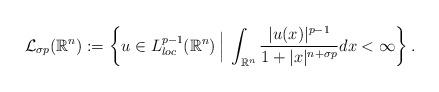
LaTeX: \begin{align*}\mathcal{L}_{\sigma p}(\mathbb{R}^{n}):=\left\{u\in L^{p-1}_{loc}(\mathbb{R}^{n})\,\Big|\;\int_{\mathbb{R}^{n}}\frac{|u(x)|^{p-1}}{1+|x|^{n+\sigma p}}dx<\infty \right\}.\end{align*}